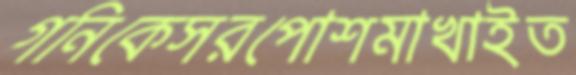
গনিকেসরপোশমাখাইত